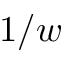
1 / w